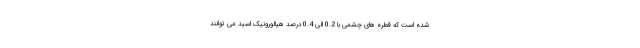
شده است که قطره های چشمی با 0.2 الی 0.4 درصد هیالورونیک اسید می توانند